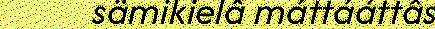
sämikielâ máttááttâs